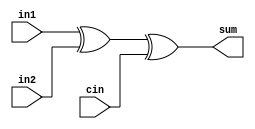
module adder_cla_1bit(in1,in2,cin,sum);
input in1, in2, cin;
output sum;
wire w1,w2;

xor(w1,in1,in2);
xor(sum,in1,in2,cin);

endmodule